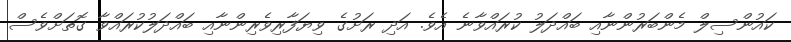
ކައުންސިލް މެންބަރުންނާއި ބައްދަލު ކުރައްވާނެ އެވެ. އަދި ރަށުގެ ވިޔަފާރިވެރިންނާއި ބައްދަލުކުރައްވާ ގޮތަށްވެސް